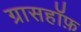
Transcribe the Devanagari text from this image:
ग्रासहॉफ़